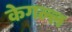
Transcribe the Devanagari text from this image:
केगल्ल